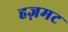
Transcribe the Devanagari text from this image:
हज़मट